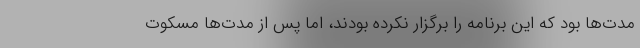
مدت‌ها بود که این برنامه را برگزار نکرده بودند، اما پس از مدت‌ها مسکوت